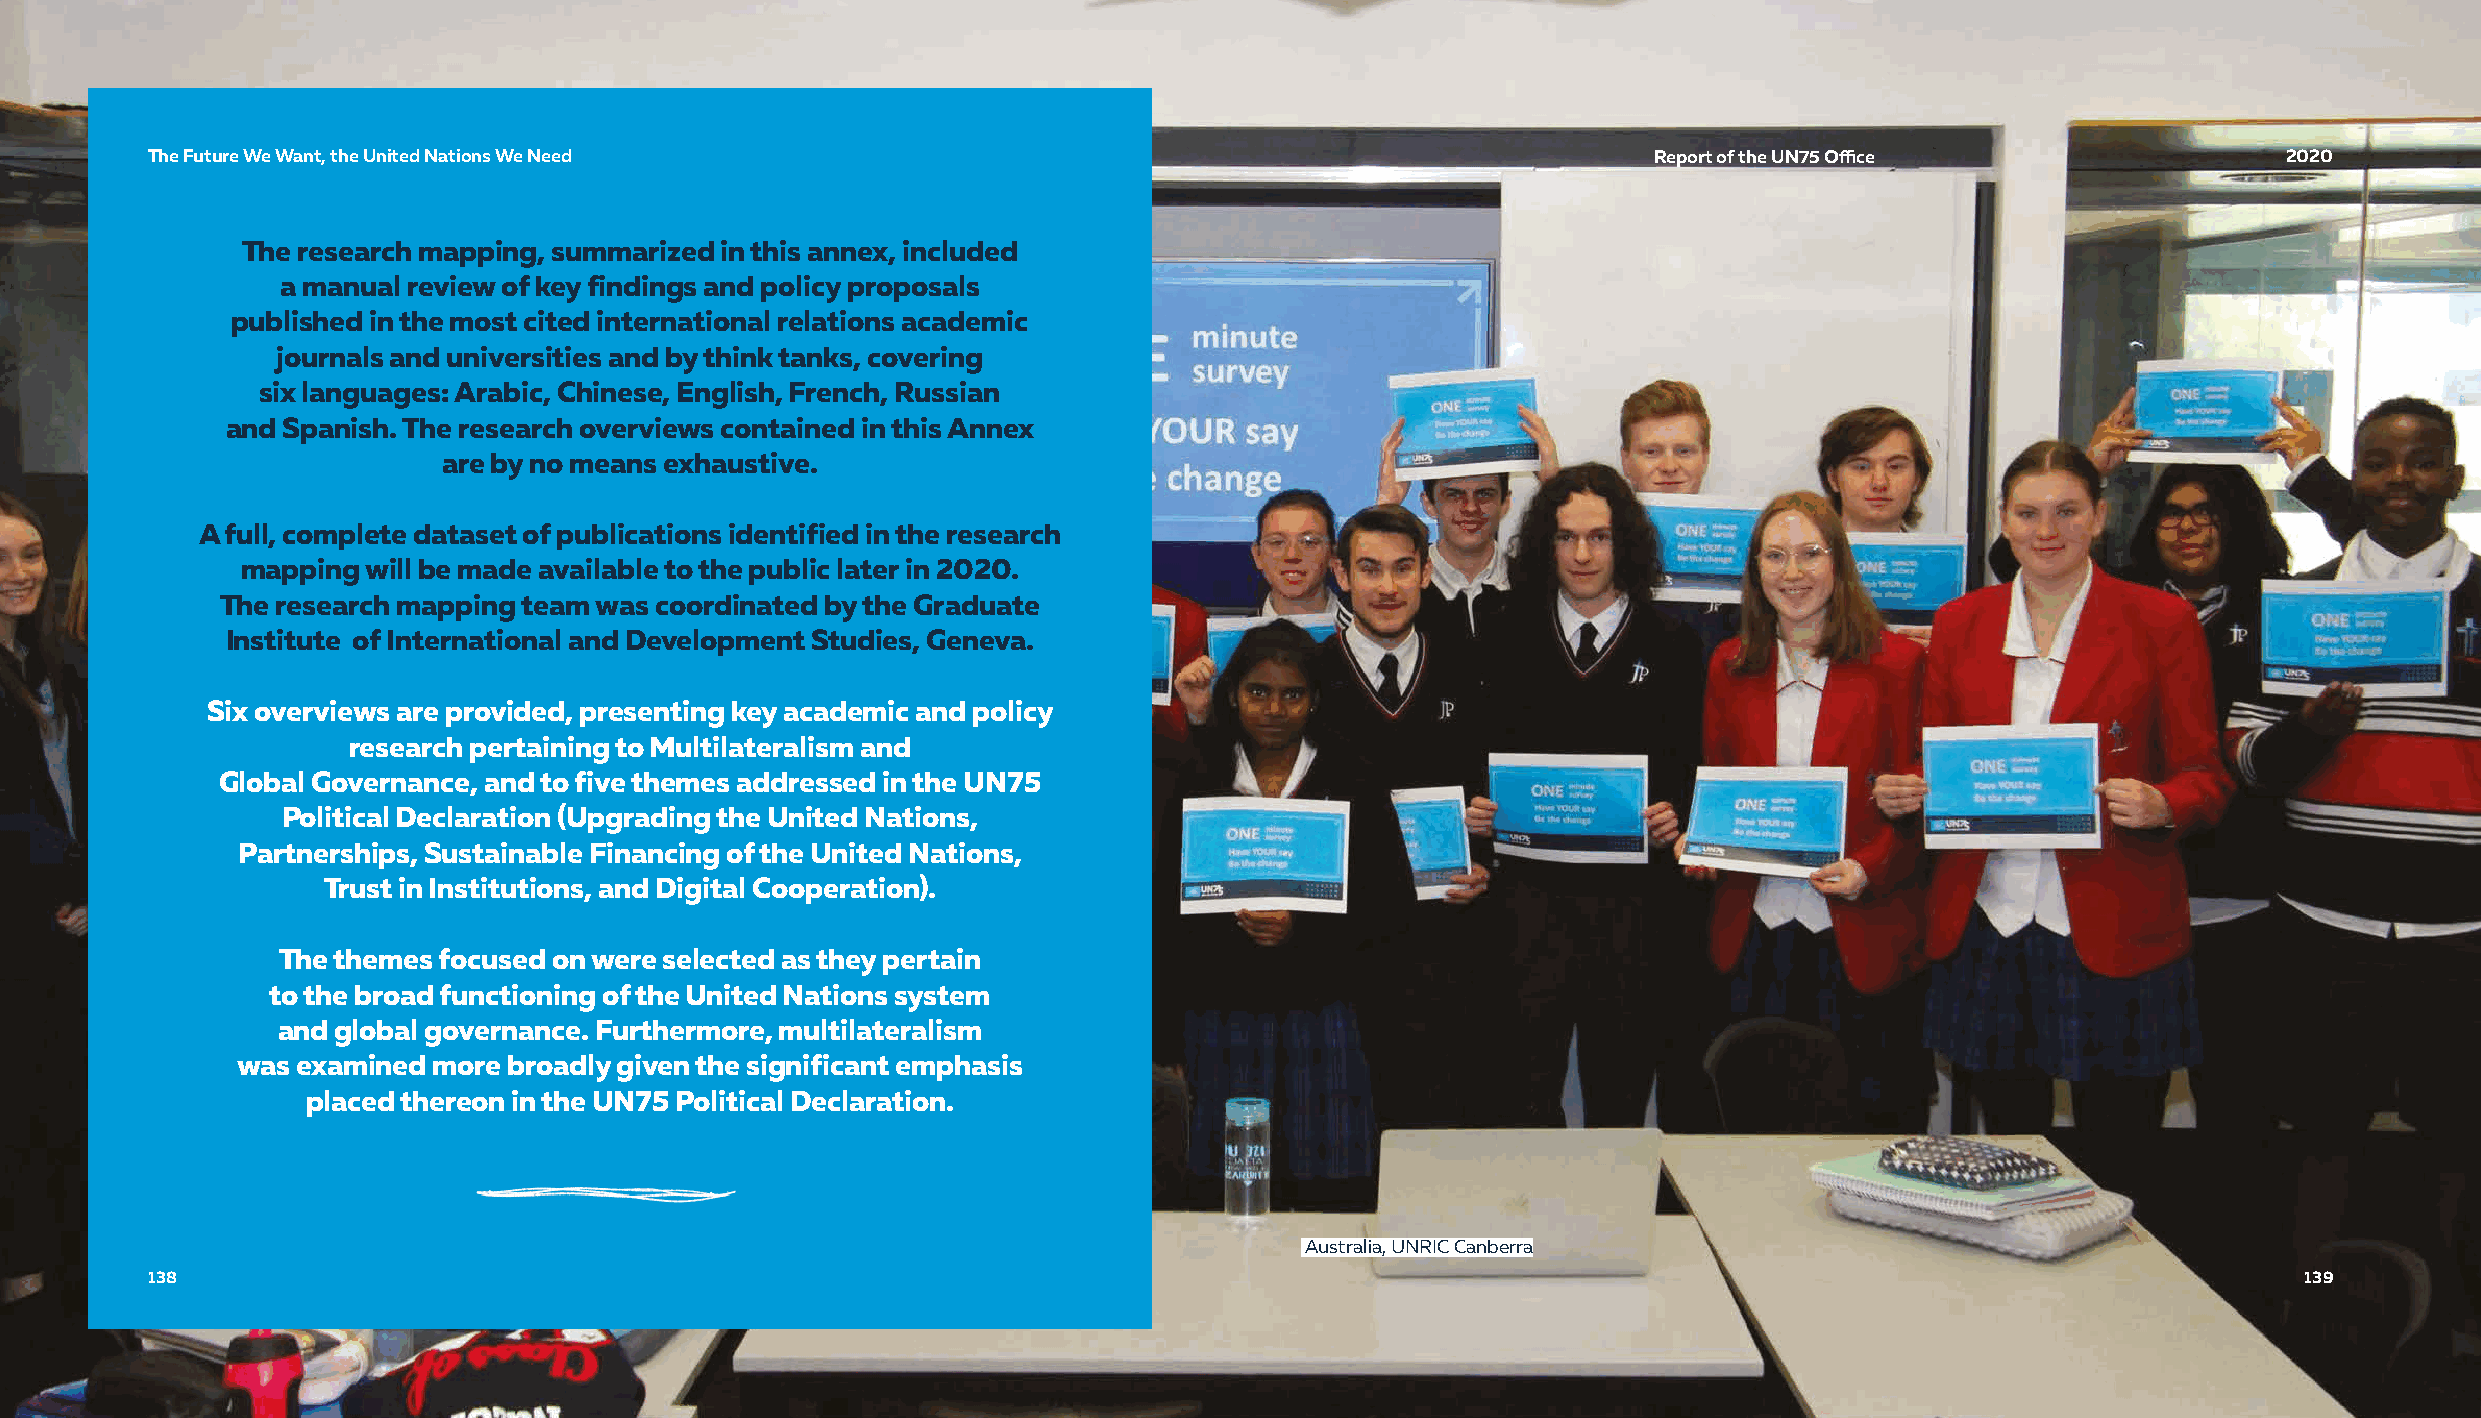
TThhee FFuuttuurree WWee WWaanntt,, tthhee UUnniitteedd NNaattiioonnss WWee NNeeeedd               RReeppoorrtt ooff tthhee UUNN7755 OOffifficcee 22002200
 The research mapping, summarized in this annex, included
 a manual review of key findings and policy proposals
 published in the most cited international relations academic
 journals and universities and by think tanks, covering
 six languages: Arabic, Chinese, English, French, Russian
 and Spanish. The research overviews contained in this Annex
 are by no means exhaustive.
 A full, complete dataset of publications identified in the research
 mapping will be made available to the public later in 2020.
 The research mapping team was coordinated by the Graduate
 Institute of International and Development Studies, Geneva.
 Six overviews are provided, presenting key academic and policy
 research pertaining to Multilateralism and
 Global Governance, and to five themes addressed in the UN75
 Political Declaration (Upgrading the United Nations,
 Partnerships, Sustainable Financing of the United Nations,
 Trust in Institutions, and Digital Cooperation).
 The themes focused on were selected as they pertain
 to the broad functioning of the United Nations system
 and global governance. Furthermore, multilateralism
 was examined more broadly given the significant emphasis
 placed thereon in the UN75 Political Declaration.
 AAuussttrraalliiaa,, UUNNRRIICC CCaannbbeerrrraa
 113388                                                                                                                                         113399